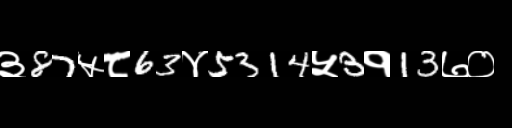
Text: ३87५८63४5314५3१13७०